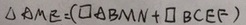
\Delta A M E = ( \square A B M N + \square B C E F )